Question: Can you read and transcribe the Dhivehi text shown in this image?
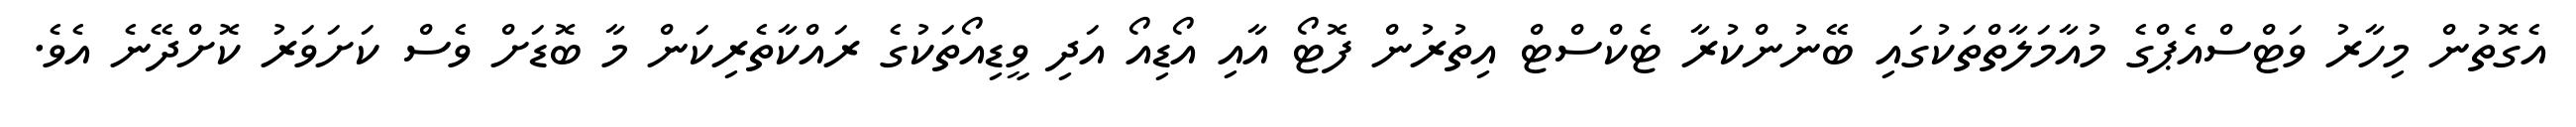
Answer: އެގޮތުން މިހާރު ވަޓްސްއެޕްގެ މުއާމަލާތްތަކުގައި ބޭނުންކުރާ ޓެކްސްޓް އިތުރުން ފޮޓޯ އާއި އޯޑިއޯ އަދި ވީޑިއޯތަކުގެ ރައްކާތެރިކަން މާ ބޮޑަށް ވެސް ކަށަވަރު ކޮށްދޭނެ އެވެ.